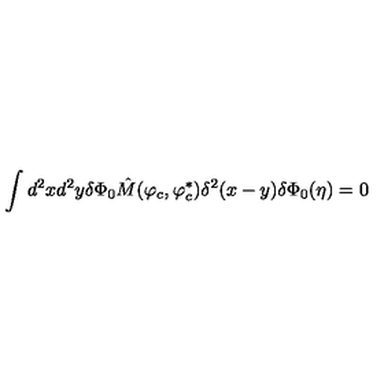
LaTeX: \int d ^ { 2 } x d ^ { 2 } y \delta \Phi _ { 0 } \hat { M } ( \varphi _ { c } , \varphi _ { c } ^ { \ast } ) \delta ^ { 2 } ( x - y ) \delta \Phi _ { 0 } ( \eta ) = 0